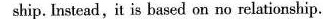
ship. Instead,it is based on no relationship.